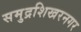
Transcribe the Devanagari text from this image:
समुद्रशिखरनगर